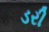
ડરી